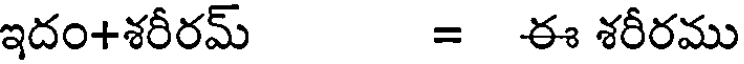
ఇదం+శరీరమ్ = ఈ శరీరము